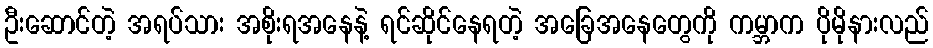
ဦးဆောင်တဲ့ အရပ်သား အစိုးရအနေနဲ့ ရင်ဆိုင်နေရတဲ့ အခြေအနေတွေကို ကမ္ဘာက ပိုမိုနားလည်